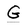
Character: G